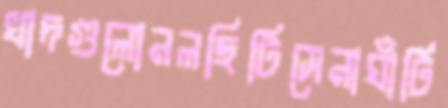
খাদগুলোনলছিটিসেনাঘাঁটি